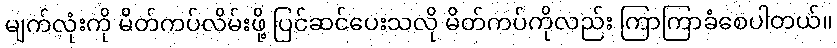
မျက်လုံးကို မိတ်ကပ်လိမ်းဖို့ ပြင်ဆင်ပေးသလို မိတ်ကပ်ကိုလည်း ကြာကြာခံစေပါတယ်။